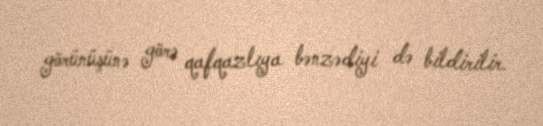
görünüşünə görə qafqazlıya bənzədiyi də bildirilir.